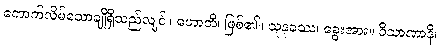
ကောက်လိမ်သောချိုရှိသည်လျင်။ ဟောတိ၊ ဖြစ်၏။ သုနခဿ၊ ခွေးအား။ ဝိသာဏာနိ၊